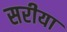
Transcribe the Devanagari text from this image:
सरीया